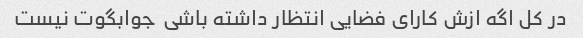
در کل اگه ازش کارای فضایی انتظار داشته باشی  جوابگوت نیست